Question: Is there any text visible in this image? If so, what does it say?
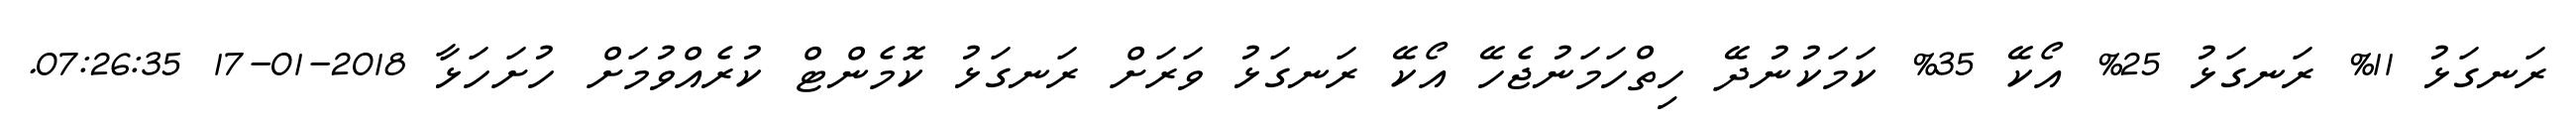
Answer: ރަނގަޅު 11% ރަނގަޅު 25% އޯކޭ 35% ކަމަކުނުދޭ ހިތްހަމަނުޖެހޭ އޯކޭ ރަނގަޅު ވަރަށް ރަނގަޅު ކޮމެންޓް ކުރެއްވުމަށް ހުށަހަޅާ 2018-01-17 07:26:35.